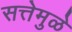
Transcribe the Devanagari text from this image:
सत्तेमुळे